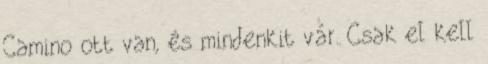
Camino ott van, és mindenkit vár. Csak el kell